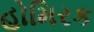
હોમિરક